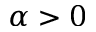
\alpha > 0